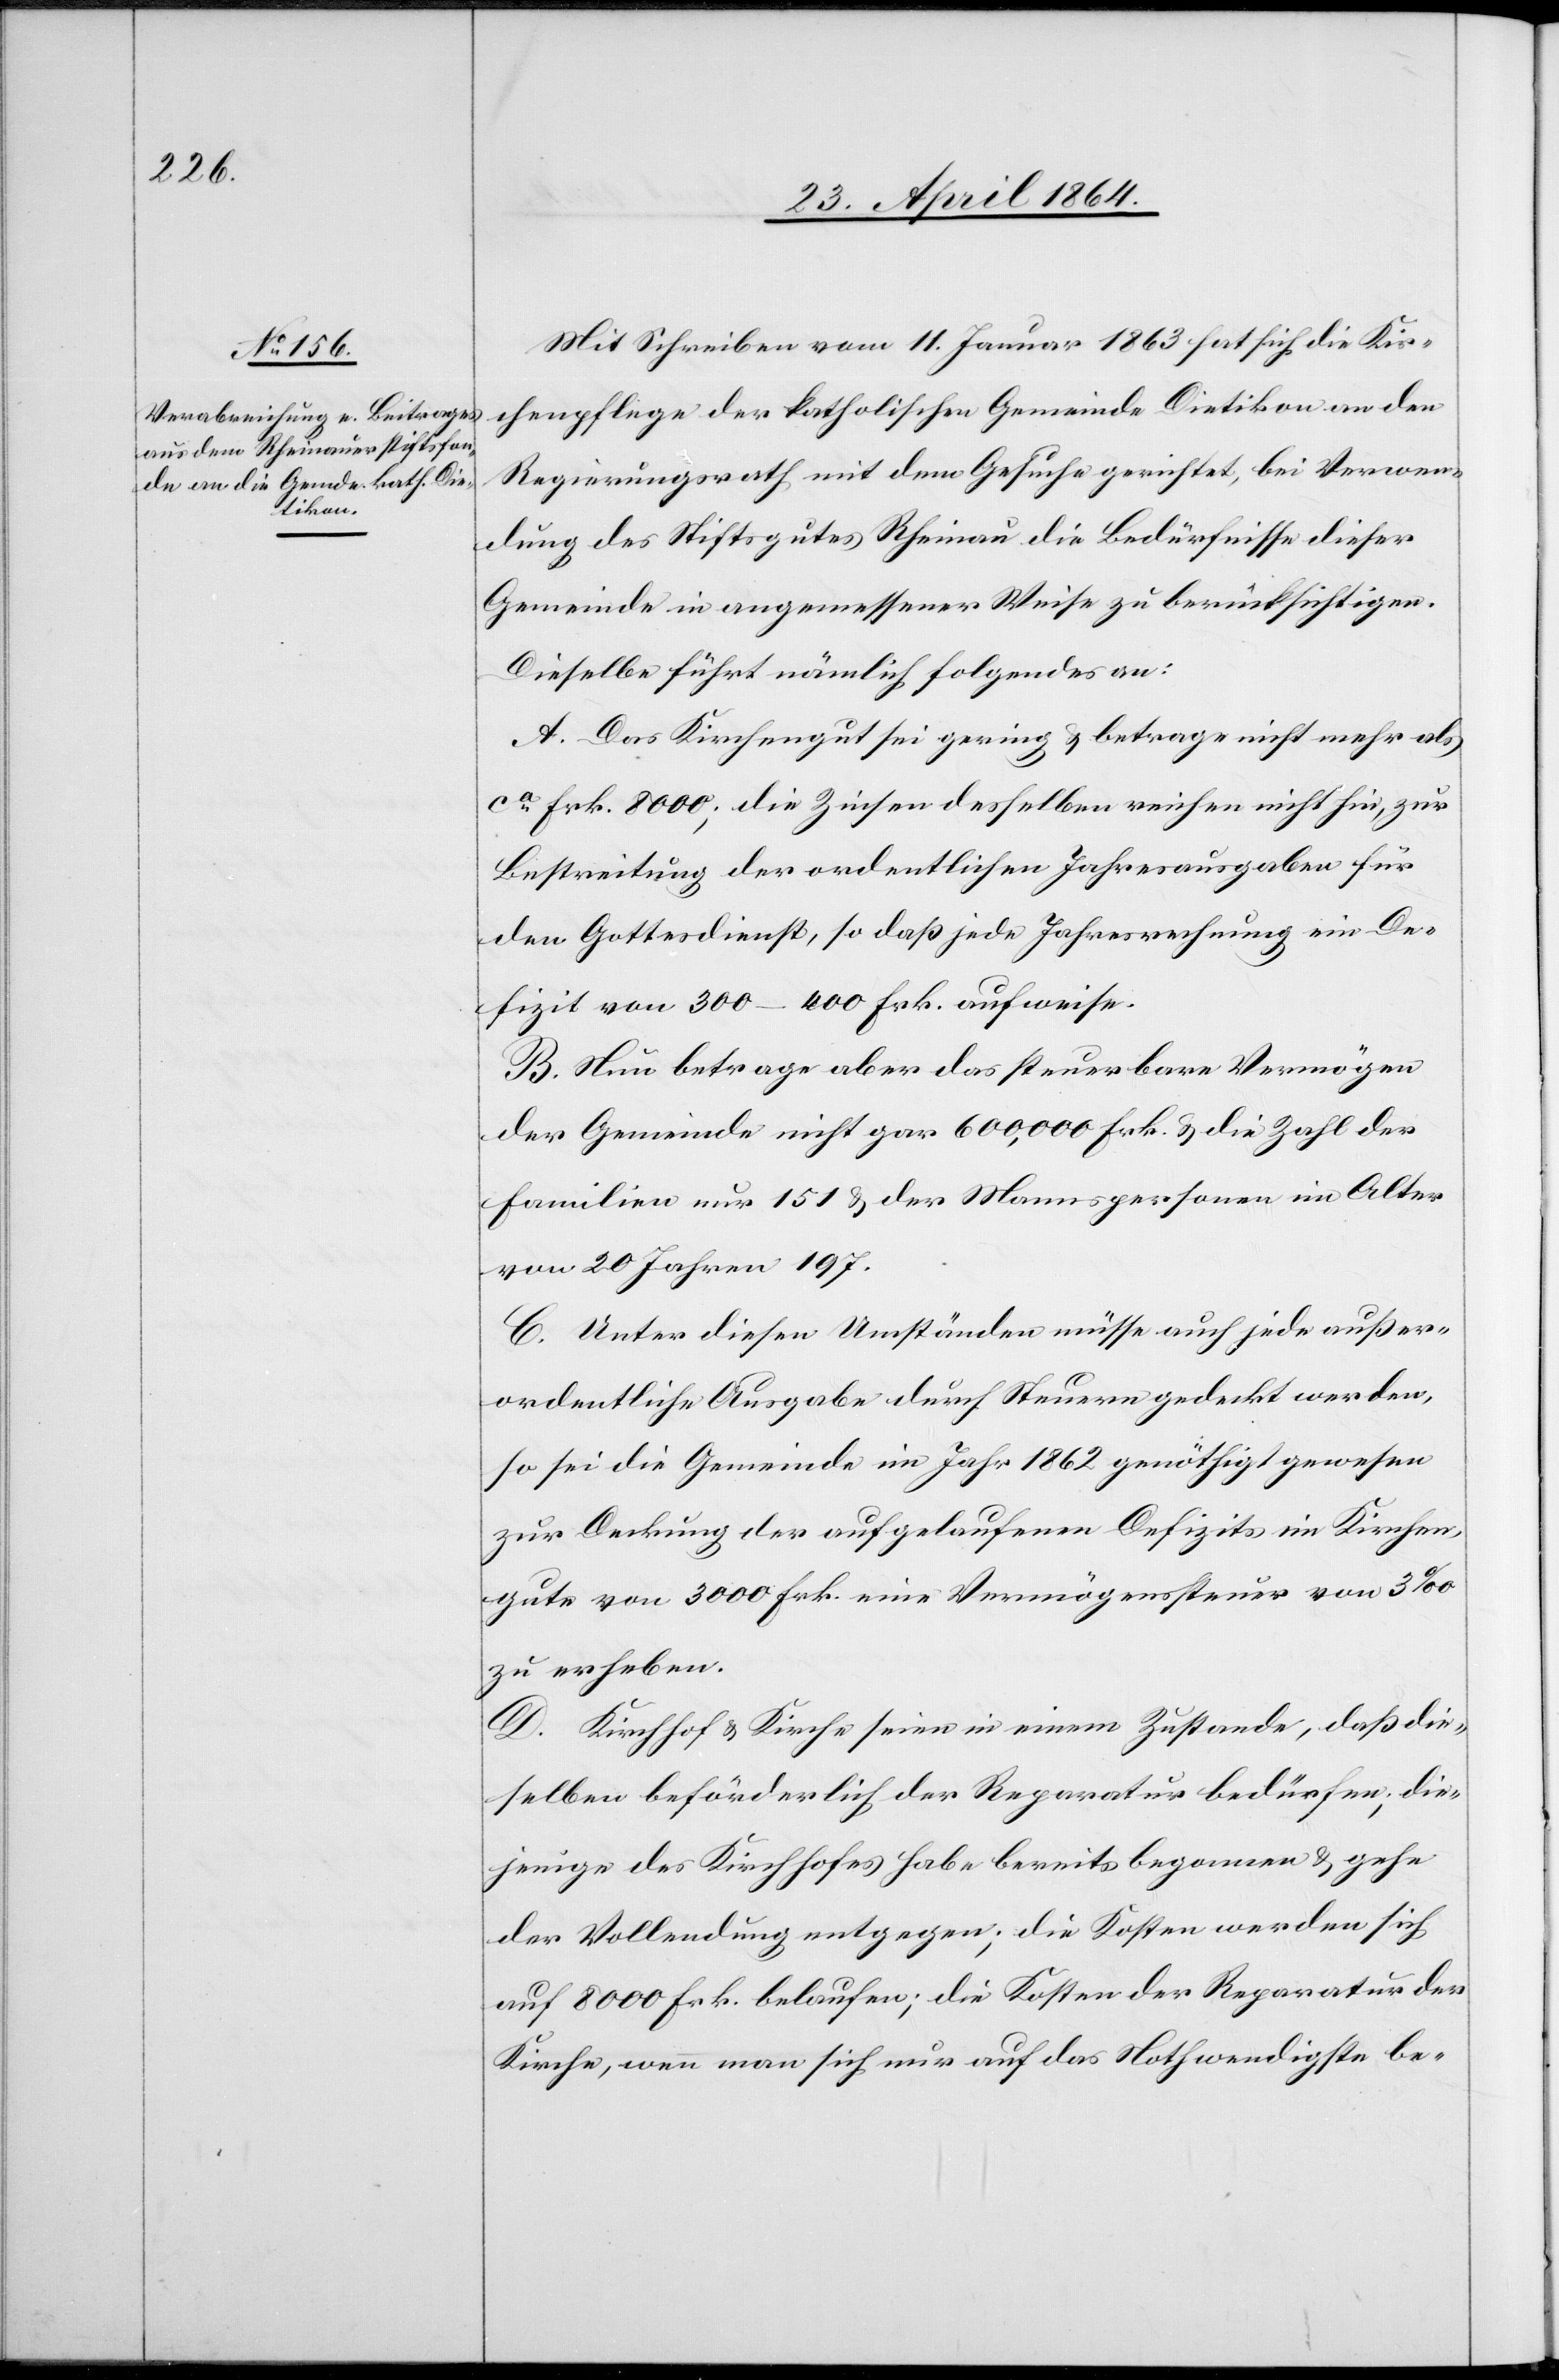
Mit Schreiben vom 11. Januar 1863 hat sich die Kir¬
chenpflege der katholischen Gemeinde Dietikon an den
Regierungsrath mit dem Gesuche gerichtet, bei Verwen¬
dung der Stiftsgutes Rheinau die Bedürfnisse dieser
Gemeinde in angemessener Weise zu berücksichtigen.
Dieselbe führt nämlich folgendes an:
A. Das Kirchengut sei gering u. betrage nicht mehr als
ca Frk. 8000; die Zinsen desselben reichen nicht hin, zur
Bestreitung der ordentlichen Jahresausgaben für
den Gottesdienst, so daß jede Jahresrechnung ein De¬
fizit von 300–400 Frk. aufweise.
B. nun betrage aber das steuerbare Vermögen
der Gemeinde nicht gar 600,000 Frk. u. die Zahl der
Familien nur 151 u. der Mannspersonen im Alter
von 20 Jahren 197.
C. Unter diesen Umständen müsse auch jede außer¬
ordentliche Ausgabe durch Steuern gedeckt werden,
so sei die Gemeinde im Jahr 1862 genöthigt gewesen
zur Deckung der aufgelaufenen Defizite im Kirchen¬
gute von 3000 Frk. eine Vermögenssteuer von 3‰
zu erheben.
D. Kirchhof u. Kirche seien in einem Zustande, daß die¬
selben beförderlich der Reparatur bedürfen; die¬
jenige des Kirchhofes habe bereits begonnen u. gehe
der Vollendung entgegen; die Kosten werden sich
auf 8000 Frk. belaufen; die Kosten der Reparatur der
Kirche, wenn man sich nur auf das Nothwendigste be-